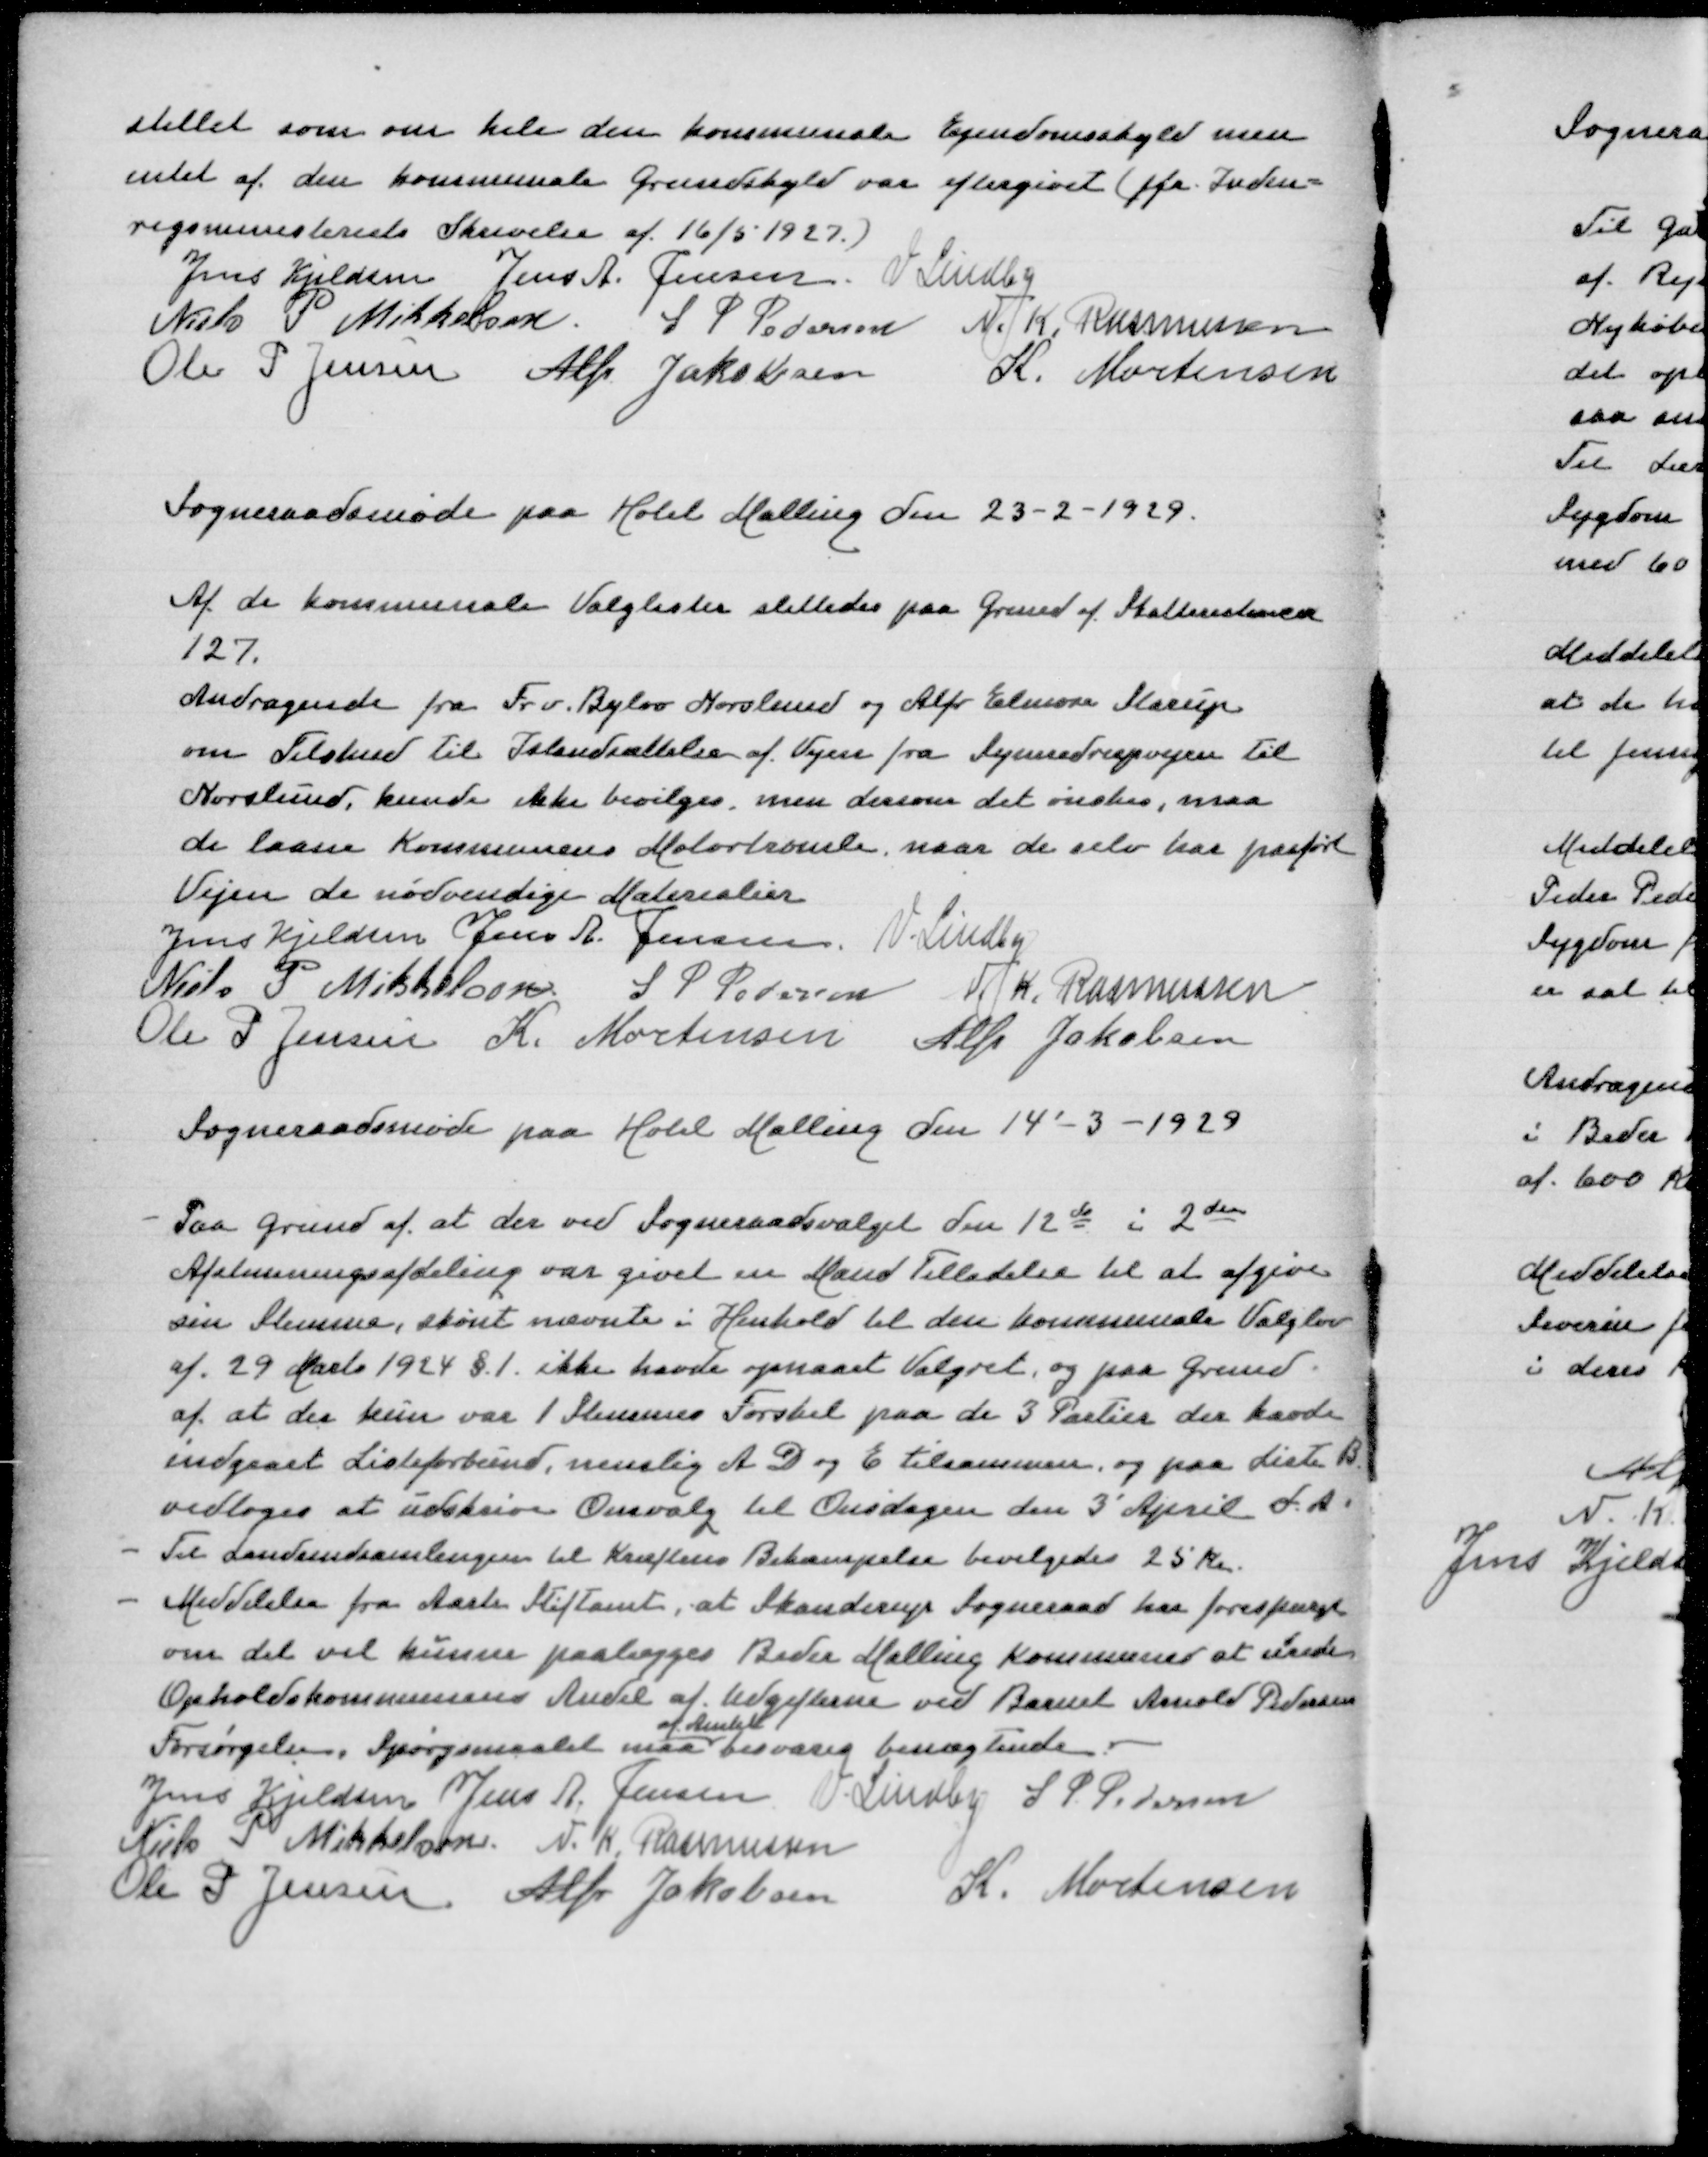
Transskription:
stillet som om hele den kommunale Ejendomsskyld men
intet af den kommunale Grundskyld var eftergivet (jfr. Inden=
rigsministeriets Skrivelse af 16/5 1927)
Jens Kjeldsen
Jens A Jensen
V Lindby
Niels P Mikkelsen
S P Pedersen
N K Rasmussen
Ole P Jensen
Alfr Jakobsen
K Mortensen

Sogneraadsmøde paa Hotel Malling den 23-2-1929

Af de kommende Valglister slettedes paa Grund af Skatterestancer
127
Andragende fra Fr v Bylov Norslund og Alfr Elmose Starup
om Tilskud til Istandsættelse af Vejen fra Synnedrupvejen til
Norslund, kunde ikke bevilges men dersom det ønskes maa
de laane Kommunens Motortromle naar de selv har paaført
Vejen de nødvendige Materialer
Jens Kjeldsen
Jens A Jensen
V Lindby
Niels P Mikkelsen
S P Pedersen
N K Rasmussen
Ole P Jensen
K Mortensen
Alfr Jakobsen

Sogneraadsmøde paa Hotel Malling den 14'-3-1929

- Paa Grund af at der ved Sogneraadsvalget den 12de i 2den
Afstemningsafdeling var givet en Mand Tilladelse til at afgive
sin Stemme, skønt nævnte i Henhold til den kommunale Valglov
af 29 Marts 1924 §1 ikke havde opnaaet Valgret og paa Grund
af at der kun var 1 Stemmes Forskel paa de 3 Partier der havde
indgaaet Listeforbund, nemlig A, D og E tilsammen og paa Liste B
vedtoges at udskrive Omvalg til Onsdagen den 3' April d A
- Til Landsindsamlingen til Kræftens Bekæmpelse bevilgedes 25 Kr
- Meddelelse fra Aarh Stiftamt, at Skanderup Sogneraad har forespurgt
om det vil kunne paalægges Beder Malling Kommune at urede
Opholdskommunens Andel af Udgifterne ved Barnet Arnold Pedersens
af Amtet
Forsørgelse, Spørgsmaalet maa besvares benægtende
Jens Kjeldsen
Jens A Jensen
V Lindby
S P Pedersen
Niels P Mikkelsen
N K Rasmussen
Ole P Jensen
Alfr Jakobsen
K Mortensen